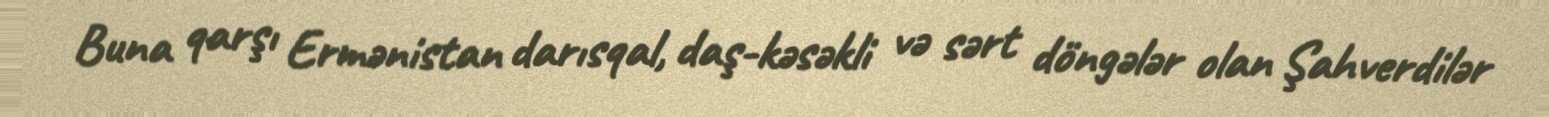
Buna qarşı Ermənistan darısqal, daş-kəsəkli və sərt döngələr olan Şahverdilər